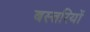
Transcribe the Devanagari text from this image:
बस्तरियों